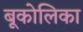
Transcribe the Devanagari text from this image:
बूकोलिका